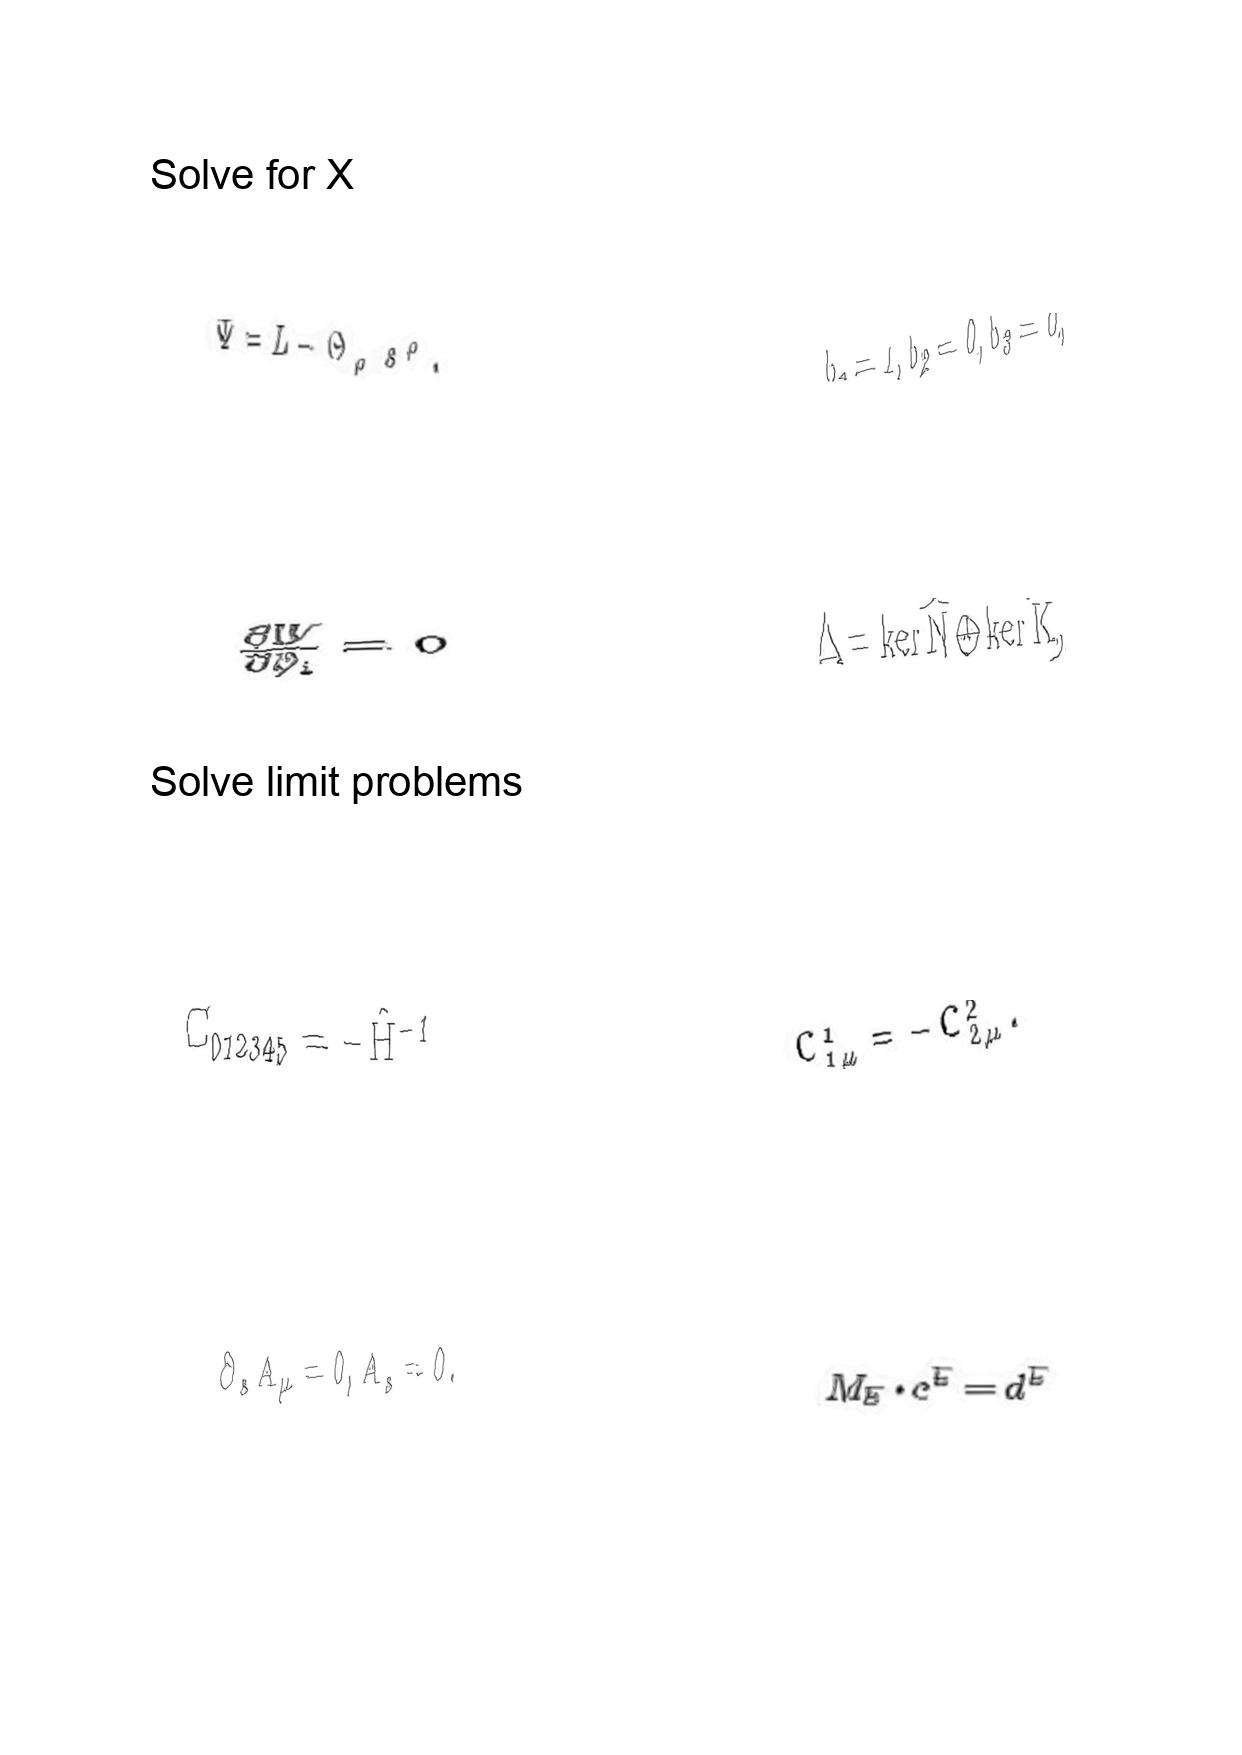
LaTeX transcription:
\Psi = L - \Theta _ { \rho } s ^ { \rho } .
\frac { \partial W } { \partial \phi _ { i } } = 0
C _ { 0 1 2 3 4 5 } = - \hat { H } ^ { - 1 }
\partial _ { s } A _ { \mu } = 0 , A _ { s } = 0 .
b _ { 1 } = 1 , b _ { 2 } = 0 , b _ { 3 } = 0 ,
\Delta = \ker \hat { N } \oplus \ker \hat { K } ,
C ^ { 1 } _ { 1 \mu } = - C ^ { 2 } _ { 2 \mu } .
M _ { E } \cdot c ^ { E } = d ^ { E }